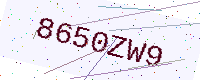
Text: 8650ZW9